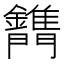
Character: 𨷫